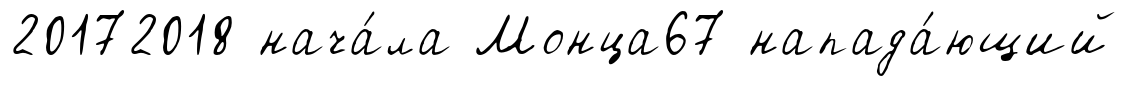
20172018 нача́ла Монца67 напада́ющий